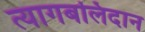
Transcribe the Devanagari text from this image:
त्यागबलिदान